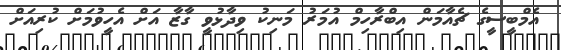
އެމްބީސީގެ ޗެއާމަން އިބްރާހިމް އުމަރު މަނިކު ވިދާޅުވީ ގާޒާ އަށް އެހީވުމަށް ކުރިއަށް